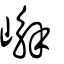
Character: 嶰